Lunatic asylums Madras 1892-1911 - 1892-1911
Year: 1892
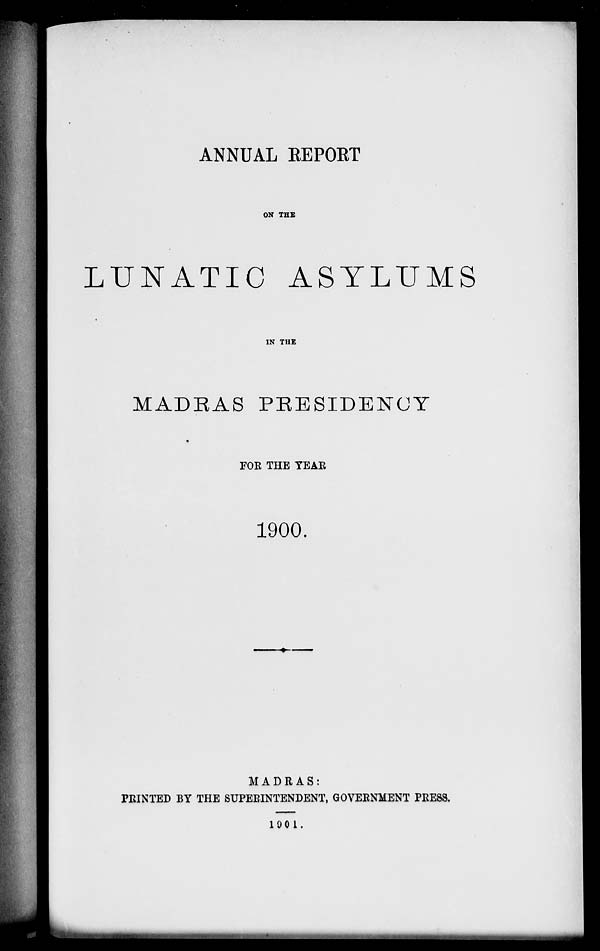
ANNUAL EEPORT
ON THS
LUNATIC ASYLUMS
IN THE
MADRAS PRESIDENCY
FOE THE YEAE
1900.
MADRAS:
PEINTED BY THE SUPEEINTENDENT, GOVEENMENT PEESS.
1001.